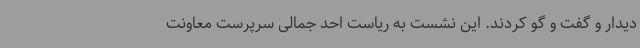
دیدار و گفت و گو کردند. این نشست به ریاست احد جمالی سرپرست معاونت